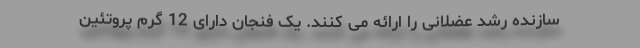
سازنده رشد عضلانی را ارائه می کنند. یک فنجان دارای 12 گرم پروتئین